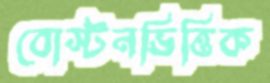
বোস্টনভিত্তিক